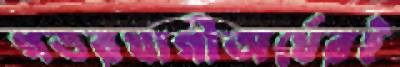
গতরখাগীঅর্থেরই